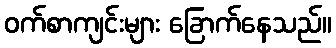
ဝက်စာကျင်းများ ခြောက်နေသည်။